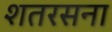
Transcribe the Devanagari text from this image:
शतरसना